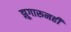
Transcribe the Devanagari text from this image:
झुगारूनही